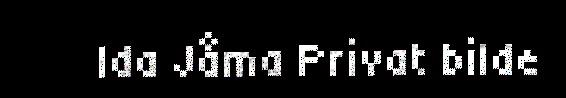
Ida Jåma Privat bilde